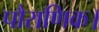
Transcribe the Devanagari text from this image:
पौराणिक।